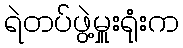
ရဲတပ်ဖွဲ့မှူးရုံးက